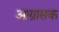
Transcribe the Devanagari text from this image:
आग्रासक